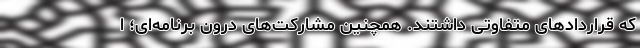
که قراردادهای متفاوتی داشتند. همچنین مشارکت‌های درون برنامه‌ای؛ ا